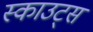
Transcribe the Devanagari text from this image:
स्‍काउट्स